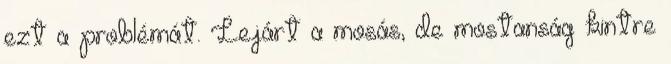
ezt a problémát. Lejárt a mosás, de mostanság kintre